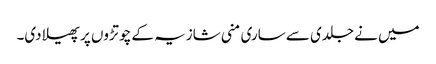
میں نے جلدی سے ساری منی شازیہ کے چوتڑوں پر پھیلا دی۔